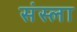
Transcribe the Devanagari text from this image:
संस्ला